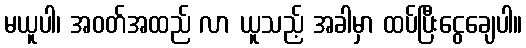
မယူပါ၊ အဝတ်အထည် လာ ယူသည့် အခါမှာ ထပ်ပြီးငွေချေပါ။